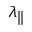
\lambda _ { \parallel }